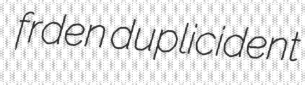
frden duplicident